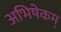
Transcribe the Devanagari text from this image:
अभिषेकम्